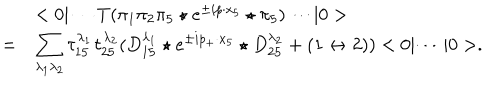
LaTeX: \begin{array} { r l } { { } } & { { < 0 | \cdots T ( \pi _ { 1 } \pi _ { 2 } \pi _ { 5 } \star e ^ { \pm i p \cdot x _ { 5 } } \star \pi _ { 5 } ) \cdots | 0 > } } \\ { { = } } & { { \displaystyle \sum _ { \lambda _ { 1 } \lambda _ { 2 } } \tau _ { 1 5 } ^ { \lambda _ { 1 } } \tau _ { 2 5 } ^ { \lambda _ { 2 } } ( D _ { 1 5 } ^ { \lambda _ { 1 } } \star e ^ { \pm i p _ { + } \cdot x _ { 5 } } \star D _ { 2 5 } ^ { \lambda _ { 2 } } + ( 1 \leftrightarrow 2 ) ) < 0 | \cdots | 0 > . } } \\ \end{array}